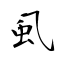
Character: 虱